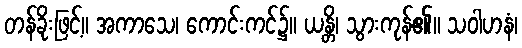
တန်ခိုးဖြင့်။ အကာသေ၊ ကောင်းကင်၌။ ယန္တိ၊ သွားကုန်၏။ သဝါဟနံ၊